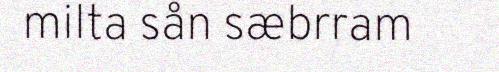
milta sån sæbrram